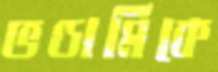
ভণ্ডামিকে